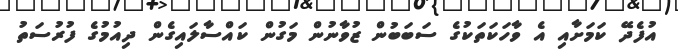
އުފެދޭ ކަމަށާއި އެ ވާހަކަތަކުގެ ސަބަބުން ޒުވާނުން މަގުން ކައްސާލައިގެން ދިއުމުގެ ފުރުސަތު